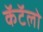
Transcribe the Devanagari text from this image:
कॅटॅलो